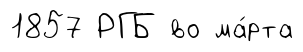
1857 РГБ во ма́рта